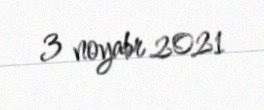
3 noyabr 2021